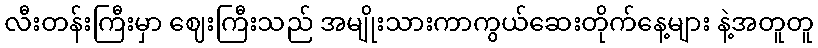
လီးတန်းကြီးမှာ ဈေးကြီးသည် အမျိုးသားကာကွယ်ဆေးတိုက်နေ့များ နဲ့အတူတူ